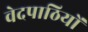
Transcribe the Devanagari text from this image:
वेदपाठियों